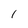
Character: I